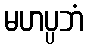
မဟပ္ပဘံ